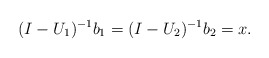
\begin{align*}(I-U_1)^{-1}b_1= (I-U_2)^{-1}b_2=x \mbox{.}\end{align*}